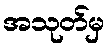
အသုတ်မှ